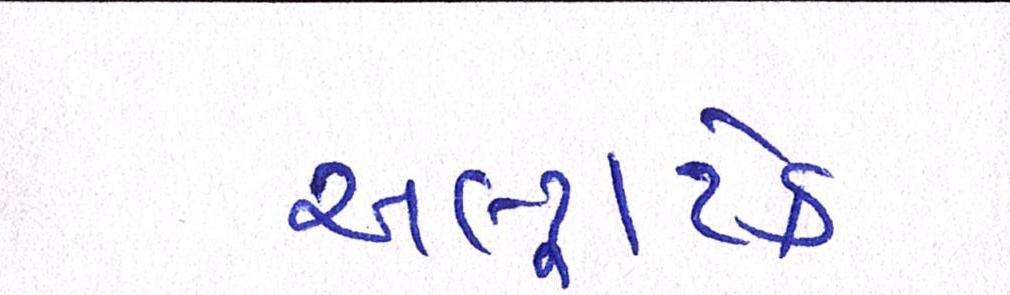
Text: અલ્ટ્રાટેક